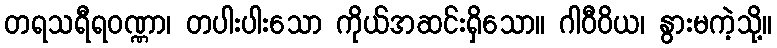
တရသရီရဝဏ္ဏာ၊ တပါးပါးသော ကိုယ်အဆင်းရှိသော။ ဂါဝီဝိယ၊ နွားမကဲ့သို့။